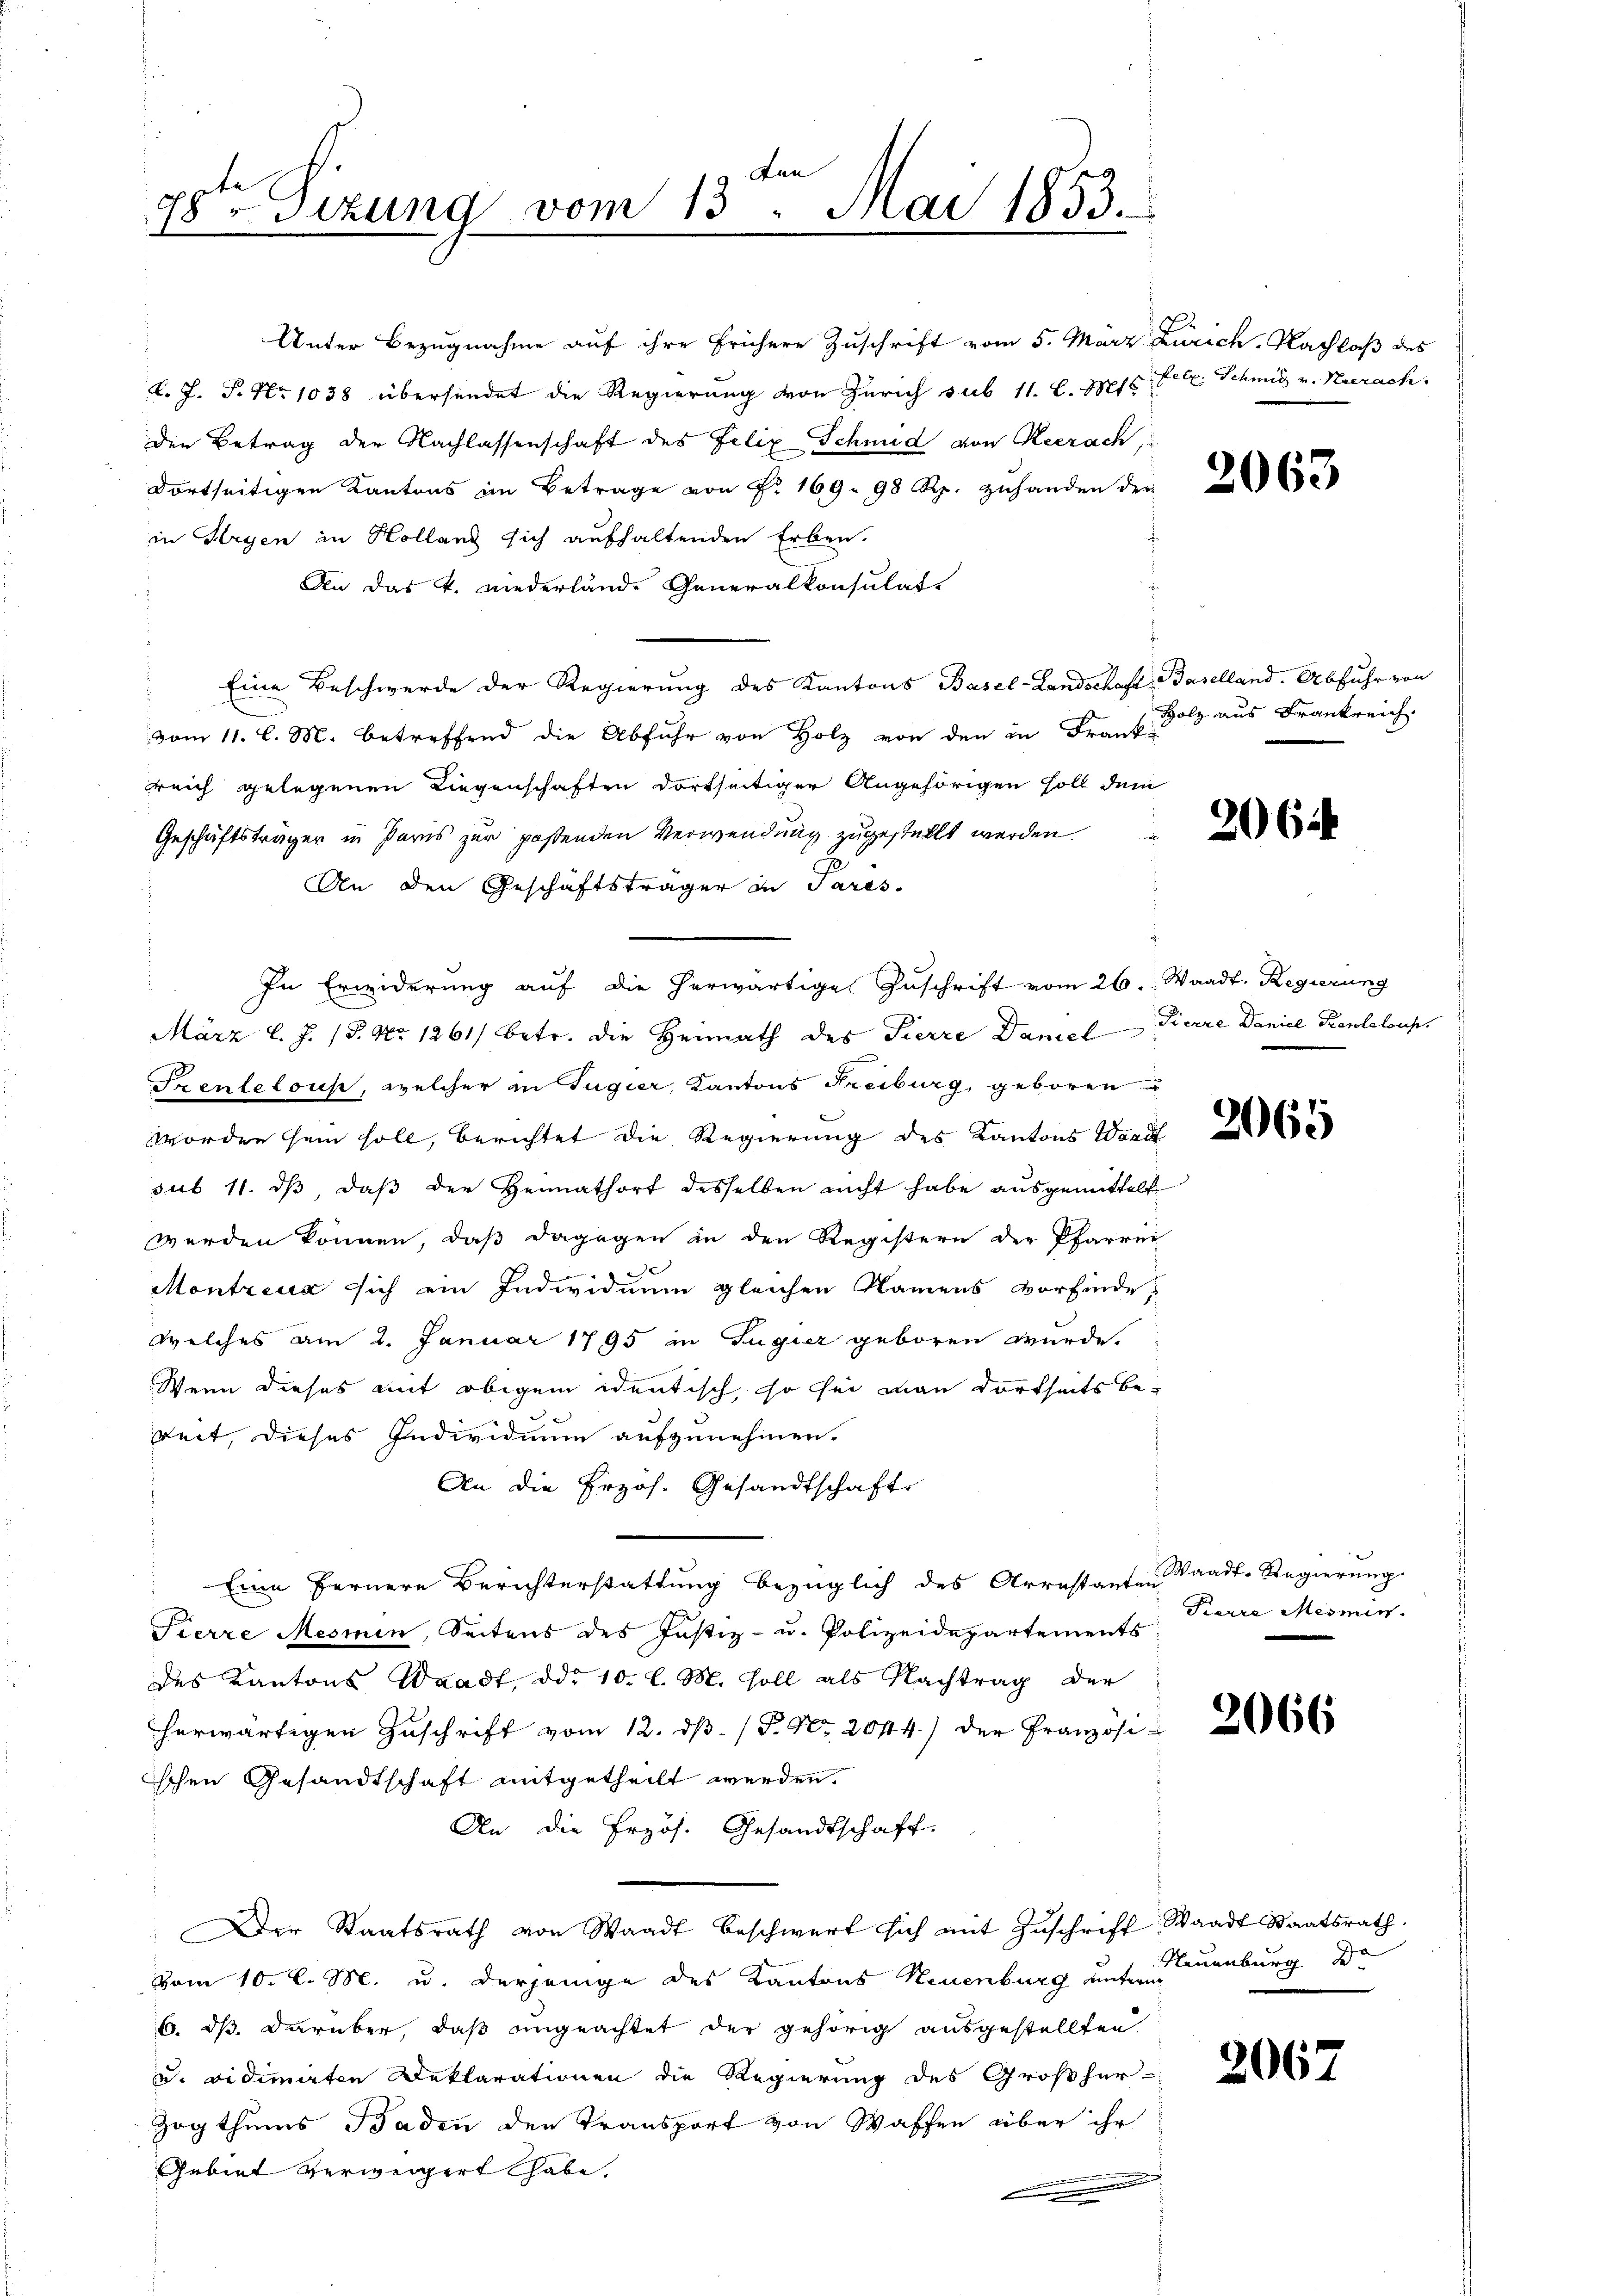
den
7sten Sizung vom 13. Mai 1853.

Unter Bezugnahme auf ihre frühere Zuschrift vom 5. März Zürich, Nachlaß des
d. J. P. Nr. 1038 übersendet die Regierung von Zürich sub 11. l. Mts. Febr. Schmid v. Neerach
den Betrag der Nachlassenschaft des Felix Schmid von Neerach,
dortseitigen Kantons im Betrage von Nr. 169. 98 Rp. zuhanden der
in Kryen in Holland sich aufhaltenden Erben.
An das k. niederland. Generalkonsulat
Eine Beschwerde der Regierung des Kantons Basel-Landschaft, Baselland. Abfuhr von
vom 11. l. M. betreffend die Abfuhr von Holz von den in Frank-
reich gelegenen Liegenschaften dortseitiger Angehörigen soll dem
Geschäftsträger in Paris zur paßenden Verwendung zugestellt werden
An den Geschäftsträger in Pares-
In Erwiderung auf die herwärtige Zuschrift vom 26. Waadt. Regierung
März l. J. (S. Nr. 1261) betr. die Heimath des Tierre Daniel Pierre Daniel Kenteloup
Prentelous, welcher in Tugier, Kantons Freiburg, geboren
worden sein soll, berichtet die Regierung des Kantons Waad
sub 11. ds, daß der Heimathort desselben nicht habe ausgemittelt
werden können, daß dagegen in den Registern der Pfarrer
de
Montreux sich ein Individuum gleichen Namens vorfindewelches am 2. Januar 1795 in Zugier geboren wurde.
Wenn dieses mit obigem identisch, so sei man dortheits bereit, dieses Individuum aufzunehmen.
An die Erzös. Gesandtschaft
Eine Fernere Berichterstattung bezüglich des Arrestanten Waadt-Regierung.
Pierre Mesien, Seitens des Justiz- u. Polizeidepartements
des Kantons Waadt, ddr 10. l. M. soll als Nachtrag der
herwärtigen Zuschrift vom 12. dβ. / P. Nr. 2044) der Französischen Gesandtschaft mitgetheilt werden.
An die Erzös. Gesandtschaft.
Der Staatsrath von Waadt beschwert sich mit Zŭschrift, Waadt Staatsrath
Vom 10. l. M. u. derjenige des Kantons Neuenburg unterm
6. dß darüber, daß eingeachtet der gehörig ausgestellten
u. vidimirten Deklarationen die Regierung des Großher-
Zogthums Baden den Transport von Waffen über ihr
Gebiet verweigert habe,
i
f

2063

Holz aus Frankreich.

2065

Karre Mesmin

2066

2067

Neuenburg d